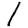
Digit: 1